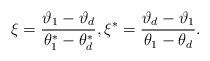
\begin{align*}\xi = \frac{\vartheta_1-\vartheta_d}{\theta^*_1-\theta^*_d}, \xi^* = \frac{\vartheta_d-\vartheta_1}{\theta_1-\theta_d}.\end{align*}